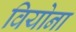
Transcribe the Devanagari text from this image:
वियोना